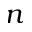
n